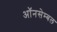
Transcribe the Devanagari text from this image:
ऑनसेम्बल